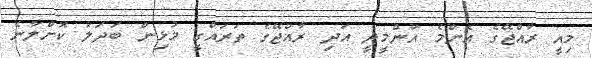
މިއީ ރާއްޖޭގެ އެންމެ އުންމީދީ އަދި ރާއްޖޭގެ ތަރައްގީ މުޅިން ބަދަލު ކޮށްލާނެ